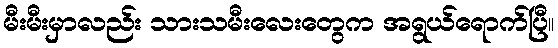
မီးမီးမှာလည်း သားသမီးလေးတွေက အရွယ်ရောက်ပြီ။